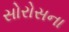
સોરોસના